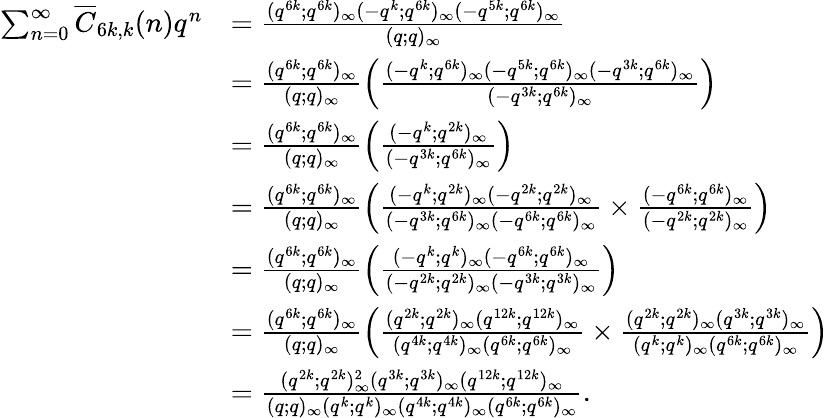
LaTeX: \begin{array}{rl}{\sum_{n=0}^{\infty}\overline{{C}}_{6k,k}(n)q^{n}}&{=\frac{(q^{6k};q^{6k})_{\infty}(-q^{k};q^{6k})_{\infty}(-q^{5k};q^{6k})_{\infty}}{(q;q)_{\infty}}}\\ &{=\frac{(q^{6k};q^{6k})_{\infty}}{(q;q)_{\infty}}\left(\frac{(-q^{k};q^{6k})_{\infty}(-q^{5k};q^{6k})_{\infty}(-q^{3k};q^{6k})_{\infty}}{(-q^{3k};q^{6k})_{\infty}}\right)}\\ &{=\frac{(q^{6k};q^{6k})_{\infty}}{(q;q)_{\infty}}\left(\frac{(-q^{k};q^{2k})_{\infty}}{(-q^{3k};q^{6k})_{\infty}}\right)}\\ &{=\frac{(q^{6k};q^{6k})_{\infty}}{(q;q)_{\infty}}\left(\frac{(-q^{k};q^{2k})_{\infty}(-q^{2k};q^{2k})_{\infty}}{(-q^{3k};q^{6k})_{\infty}(-q^{6k};q^{6k})_{\infty}}\times\frac{(-q^{6k};q^{6k})_{\infty}}{(-q^{2k};q^{2k})_{\infty}}\right)}\\ &{=\frac{(q^{6k};q^{6k})_{\infty}}{(q;q)_{\infty}}\left(\frac{(-q^{k};q^{k})_{\infty}(-q^{6k};q^{6k})_{\infty}}{(-q^{2k};q^{2k})_{\infty}(-q^{3k};q^{3k})_{\infty}}\right)}\\ &{=\frac{(q^{6k};q^{6k})_{\infty}}{(q;q)_{\infty}}\left(\frac{(q^{2k};q^{2k})_{\infty}(q^{12k};q^{12k})_{\infty}}{(q^{4k};q^{4k})_{\infty}(q^{6k};q^{6k})_{\infty}}\times\frac{(q^{2k};q^{2k})_{\infty}(q^{3k};q^{3k})_{\infty}}{(q^{k};q^{k})_{\infty}(q^{6k};q^{6k})_{\infty}}\right)}\\ &{=\frac{(q^{2k};q^{2k})_{\infty}^{2}(q^{3k};q^{3k})_{\infty}(q^{12k};q^{12k})_{\infty}}{(q;q)_{\infty}(q^{k};q^{k})_{\infty}(q^{4k};q^{4k})_{\infty}(q^{6k};q^{6k})_{\infty}}.}\end{array}